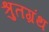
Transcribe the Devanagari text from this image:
श्रुतग्रंथ